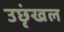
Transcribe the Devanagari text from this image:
उछृंखल